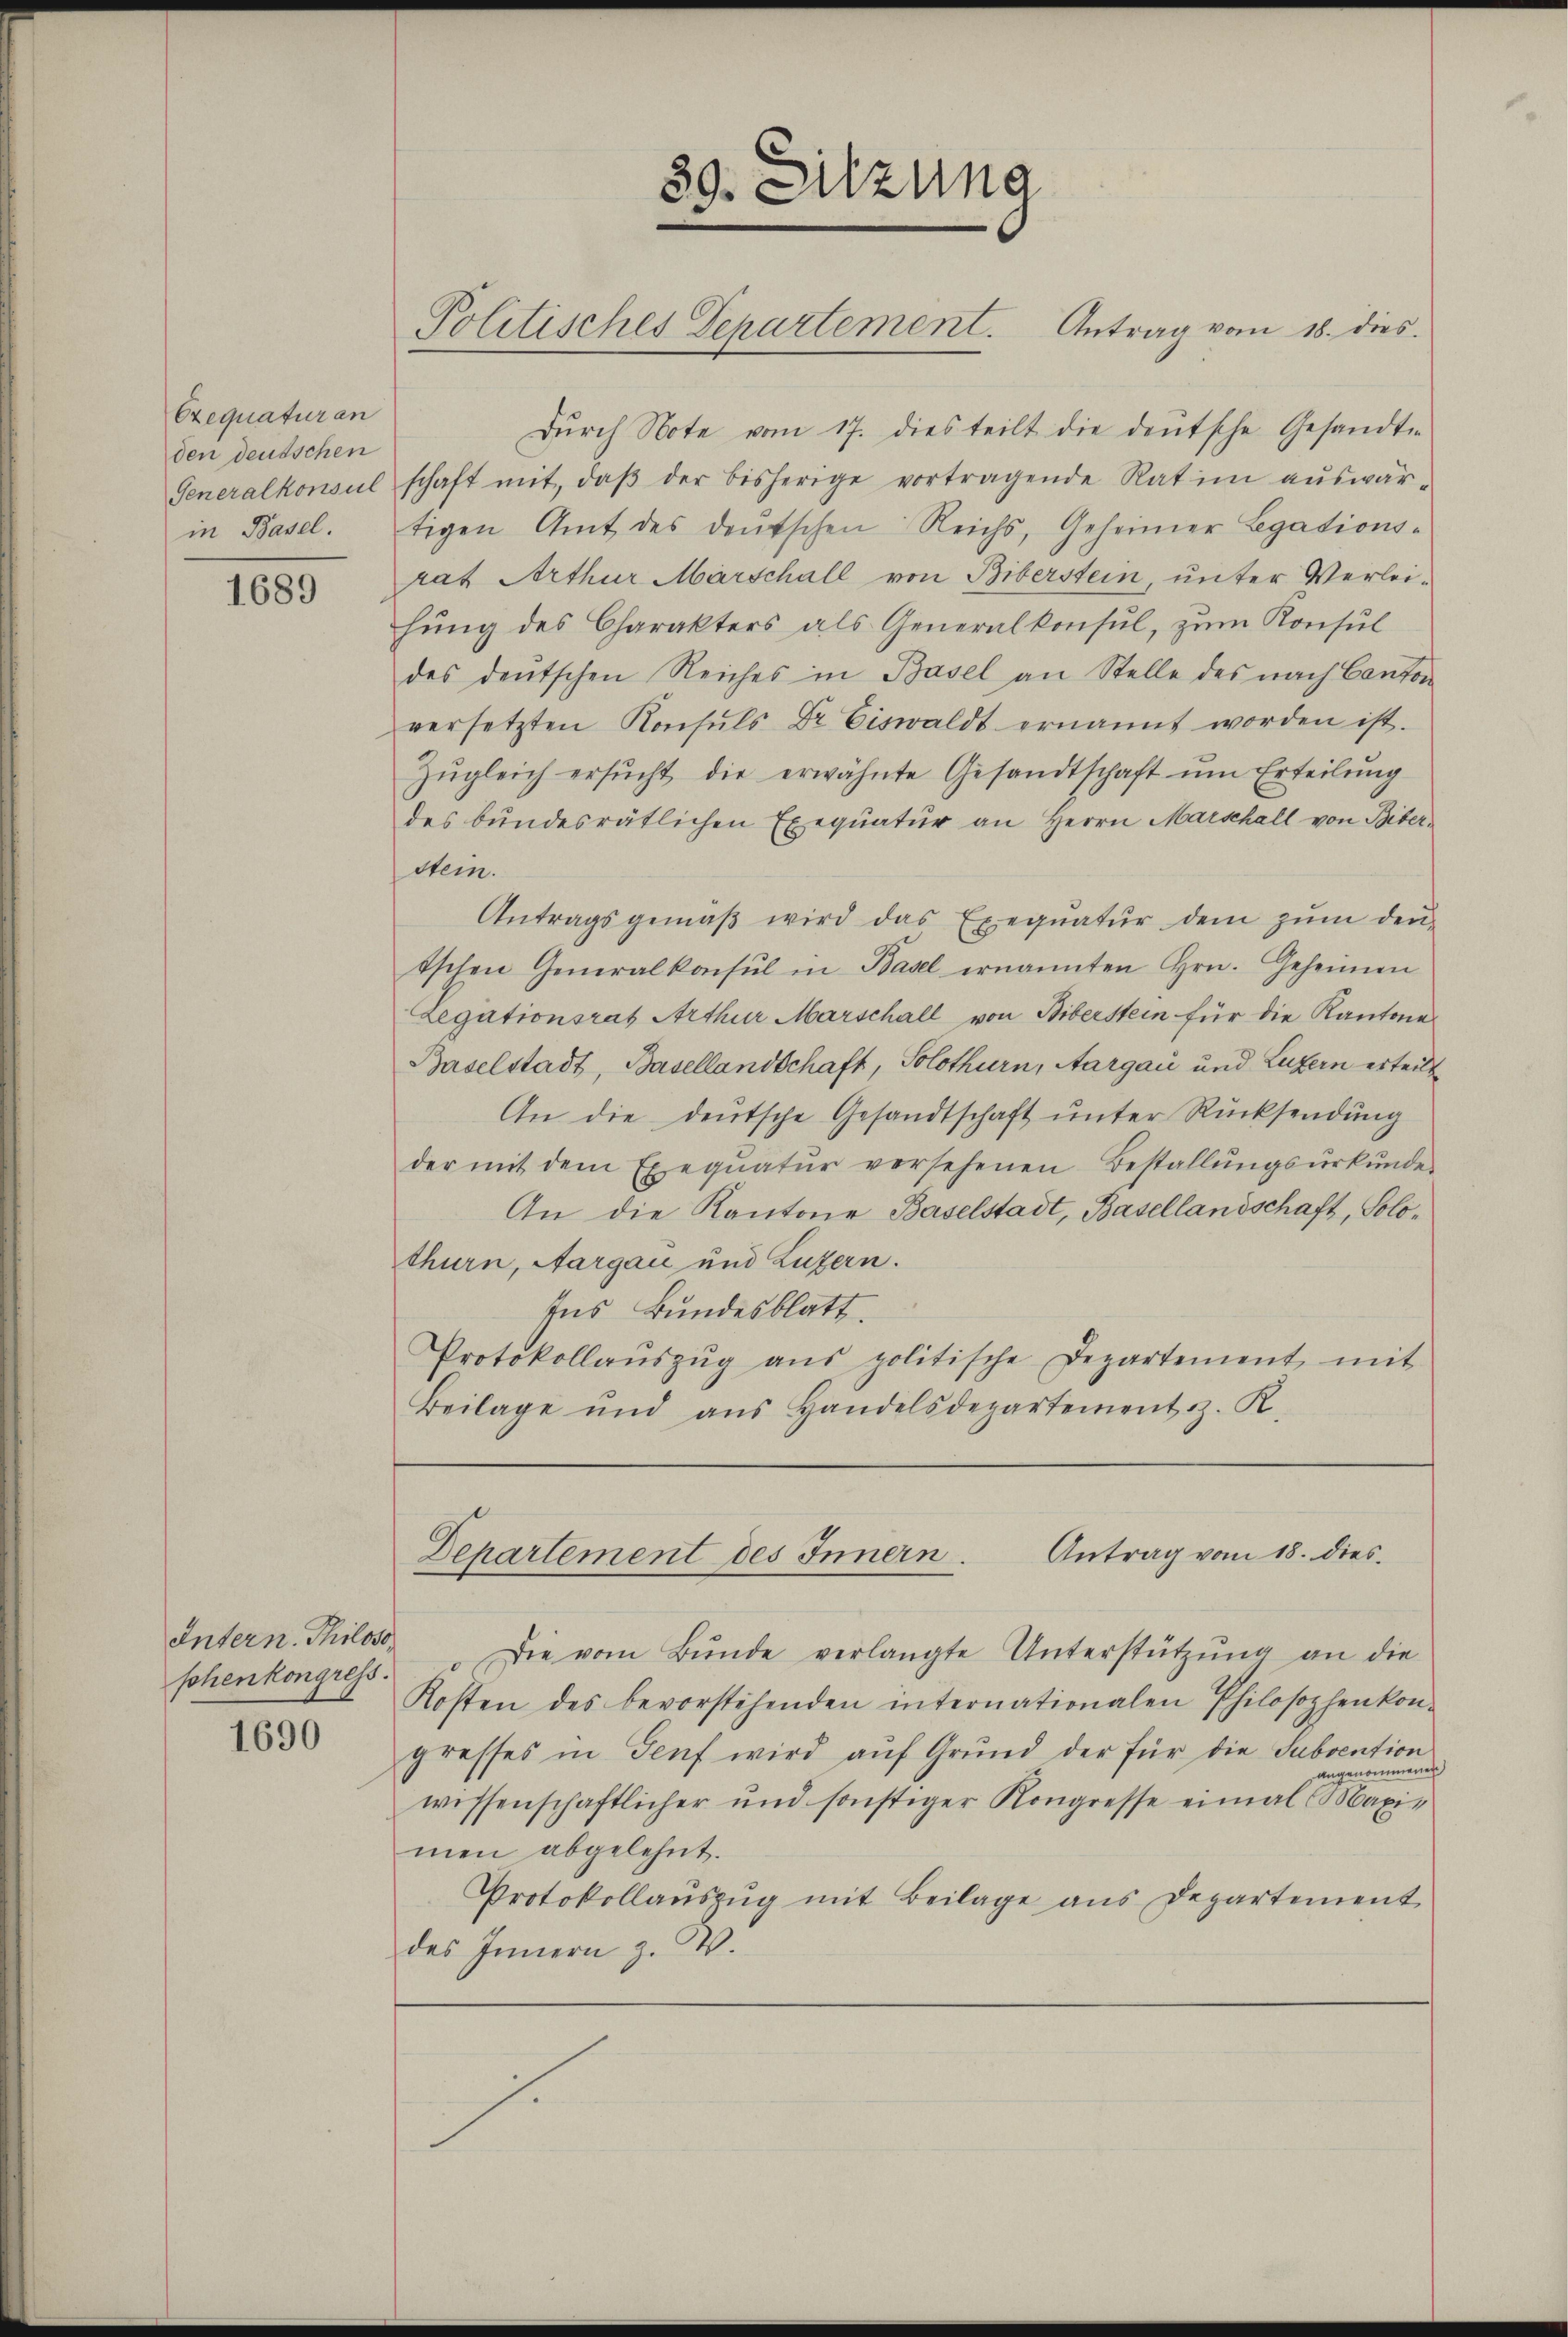
Exequaturan
den deutschen
Generalkonsul
in Basel.

1689

Intern. Thiloso

1690

Dŭrch Note vom 17. dies teilt die deŭtsche Gesandte
schaft mit, daβ der bisherige vortragende Rat im aŭswär-
tigen Amt des deŭtschen Reichs, Geheimer Legations-
rat Arthur Marschall von Biberstein, unter Verleihung des Charakters als Generalkonsul, zum Konsul
des deŭtschen Reiches in Basel an Stelle des nach Canton
versetzten Konsŭls Dr. Eiswaldt ernannt worden ist.
Zŭgleich ersŭcht die erwähnte Gesandtschaft ŭm Erteilŭng
des bundesrätlichen Exequatur an Herrn Marschall von Biber-
stein.
Antragsgemäβ wird das Exequatur dem zŭm den
tschen Generalkonsul in Basel ernannten Hrn. Geheimen
Legationsrat Arthur Marschall von Biberstein für die Kantone
Baselstadt, Basellandschaft, Solothurn, Aargau und Luzern erteilt
An die deŭtsche Gesandtschaft ŭnter Rücksendŭng
der mit dem Exeqŭatŭr versehenen Bestallŭngsŭrkŭnde
An die Kantone Baselstadt, Basellandschaft, Solothurn, Aargau und Luzern.
Ins Bundesblatt.
Protokollaŭszŭg ans politische Departement mit
Beilage und ans Handelsdepartement z. R.

39. Sitzung
Politisches Departement. Antrag vom 18. dies

Antrag vom 18. dies.
Departement des Innern.

shenkongress. " Die vom Bŭnde verlangte Unterstützŭng an die
Kosten des bevorstehenden internationalen Philosophenkon-
gresses in Genf wird aŭf Grŭnd der für die Subvention
angenommenen
wissenschaftlicher und sonstiger Kongresse eimal Maxi-
men abgelehnt.
Protokollaŭszŭg mit Beilage ans Departement
des Innern z. B.